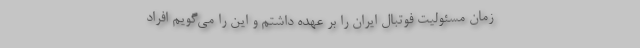
زمان مسئولیت فوتبال ایران را بر عهده داشتم و این را می‌گویم افراد